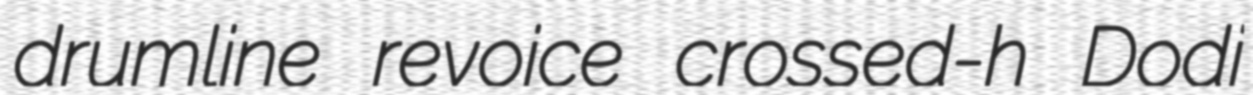
drumline revoice crossed-h Dodi